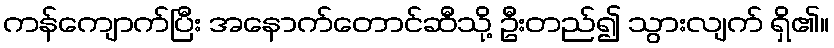
ကန်ကျောက်ပြီး အနောက်တောင်ဆီသို့ ဦးတည်၍ သွားလျက် ရှိ၏။